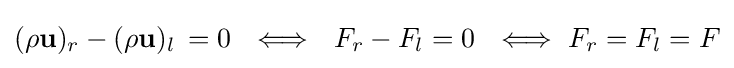
(\rho \mathbf {u} )_{r}-(\rho \mathbf {u} )_{l}\,=0\ \ \Longleftrightarrow \ \ F_{r}-F_{l}=0\ \ \Longleftrightarrow \ F_{r}=F_{l}=F